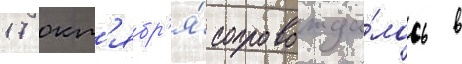
17 окт'ябр'я́ сопровожда́лось в